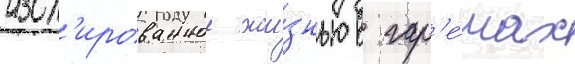
изол'ированнои жи́знью в гар'е́мах